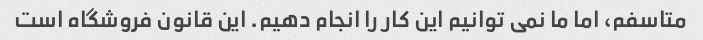
متاسفم، اما ما نمی توانیم این کار را انجام دهیم. این قانون فروشگاه است